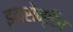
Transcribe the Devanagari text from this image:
इनसेन्टिव